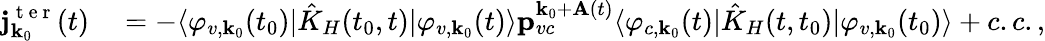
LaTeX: \begin{array}{rl}{\textbf{j}_{\textbf{k}_{0}}^{\mathrm{~t~e~r~}}(t)}&{{}=-\langle\varphi_{v,\textbf{k}_{0}}(t_{0})|\hat{K}_{H}(t_{0},t)|\varphi_{v,\textbf{k}_{0}}(t)\rangle\textbf{p}_{vc}^{\textbf{k}_{0}+\textbf{A}(t)}\langle\varphi_{c,\textbf{k}_{0}}(t)|\hat{K}_{H}(t,t_{0})|\varphi_{v,\textbf{k}_{0}}(t_{0})\rangle+c.c.,}\end{array}